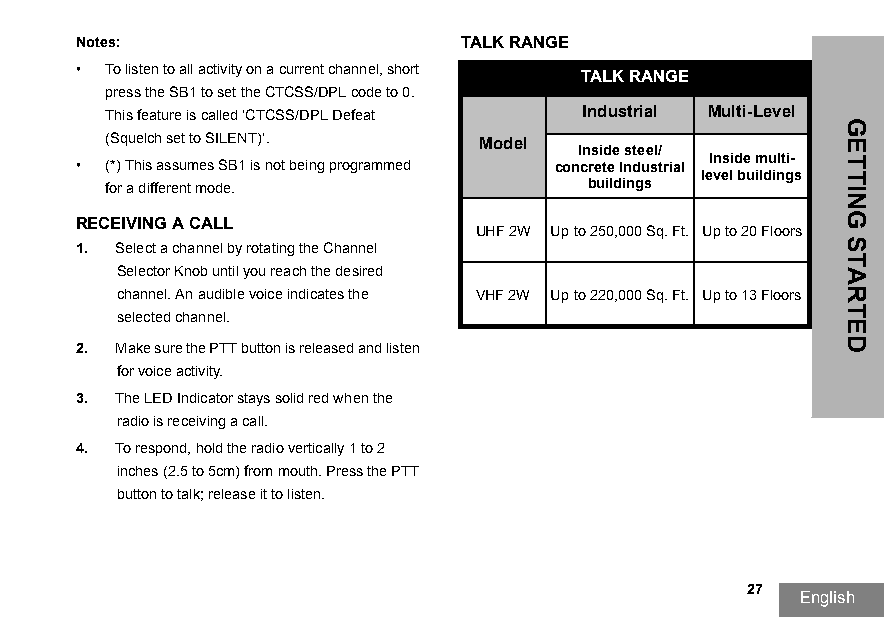
Notes:                    TALK RANGE
 • To listen to all activity on a current channel, short TALK RANGE
 press the SB1 to set the CTCSS/DPL code to 0.
 This feature is called ‘CTCSS/DPL Defeat Industrial Multi-Level
 (Squelch set to SILENT)’. Model
 Inside steel/
 Inside multi-
 • (*) This assumes SB1 is not being programmed concrete Industrial
 level buildings
 for a different mode.           buildings
 RECEIVING A CALL
 UHF 2W Up to 250,000 Sq. Ft. Up to 20 Floors
 1. Select a channel by rotating the Channel
 Selector Knob until you reach the desired
 channel. An audible voice indicates the VHF 2W Up to 220,000 Sq. Ft. Up to 13 Floors
 selected channel.
 2. Make sure the PTT button is released and listen
 for voice activity.
 3. The LED Indicator stays solid red when the
 radio is receiving a call.
 4. To respond, hold the radio vertically 1 to 2
 inches (2.5 to 5cm) from mouth. Press the PTT
 button to talk; release it to listen.
 27
 English
 GETTING
 STARTED